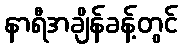
နာရီအချိန်ခန့်တွင်